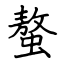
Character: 螯